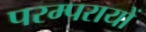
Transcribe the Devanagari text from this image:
परम्परायों